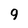
Character: 9